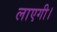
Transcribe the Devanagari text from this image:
लाएगी।